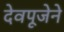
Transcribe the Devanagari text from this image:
देवपूजेने